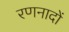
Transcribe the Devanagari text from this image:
रणनादों